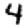
Digit: 4